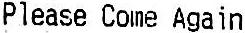
PLEASE COME AGAIN